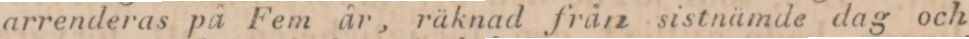
arrenderas på Fem år, räknad från sistnämde dag och